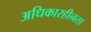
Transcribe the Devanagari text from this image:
अधिकारहीनता